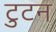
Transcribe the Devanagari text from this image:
टुटन